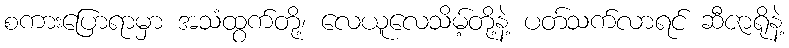
စကားပြောရာမှာ အသံထွက်တို့၊ လေယူလေသိမ့်တို့နဲ့ ပတ်သက်လာရင် ဆီဇာရိုနဲ့